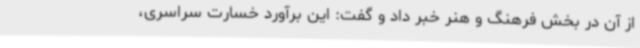
از آن در بخش فرهنگ و هنر خبر داد و گفت: این برآورد خسارت سراسری،